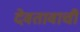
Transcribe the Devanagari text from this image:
देवतावाची